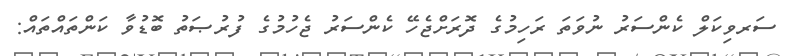
ސަރވިކަލް ކެންސަރު ނުވަތަ ރަހިމުގެ ދޮރަށްޖެހޭ ކެންސަރު ޖެހުމުގެ ފުރުޞަތު ބޮޑުވާ ކަންތައްތައް: